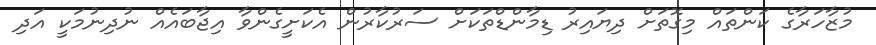
މުޒާހަރާގެ ކަންތައް މިގޮތަށް ދިޔައިރު ޑިމާންޑްތަކަށް ސަރުކާރުން އެކަށީގެންވާ އިޖާބައެއް ނުދިނުމަކީ އަދި